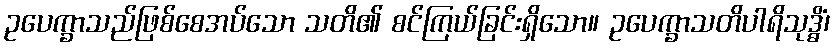
ဥပေက္ခာသည်ဖြစ်စေအပ်သော သတိ၏ စင်ကြယ်ခြင်းရှိသော။ ဥပေက္ခာသတိပါရိသုဒ္ဓိံ၊